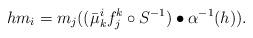
LaTeX: \begin{align*}hm_{i}=m_j((\bar{\mu}^{i}_kf^k_j\circ S^{-1})\bullet\alpha^{-1}(h)).\end{align*}